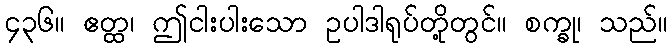
၄၃၆။ ဧတ္ထ၊ ဤငါးပါးသော ဥပါဒါရုပ်တို့တွင်။ စက္ခု၊ သည်။